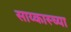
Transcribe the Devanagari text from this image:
साय्कास्च्या